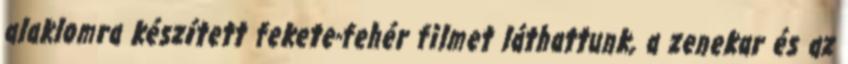
alaklomra készí­tett fekete-fehér filmet láthattunk, a zenekar és az